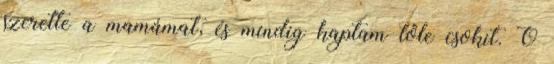
szerette a mamámat, és mindig kaptam tőle csokit. Ő